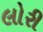
લોરી